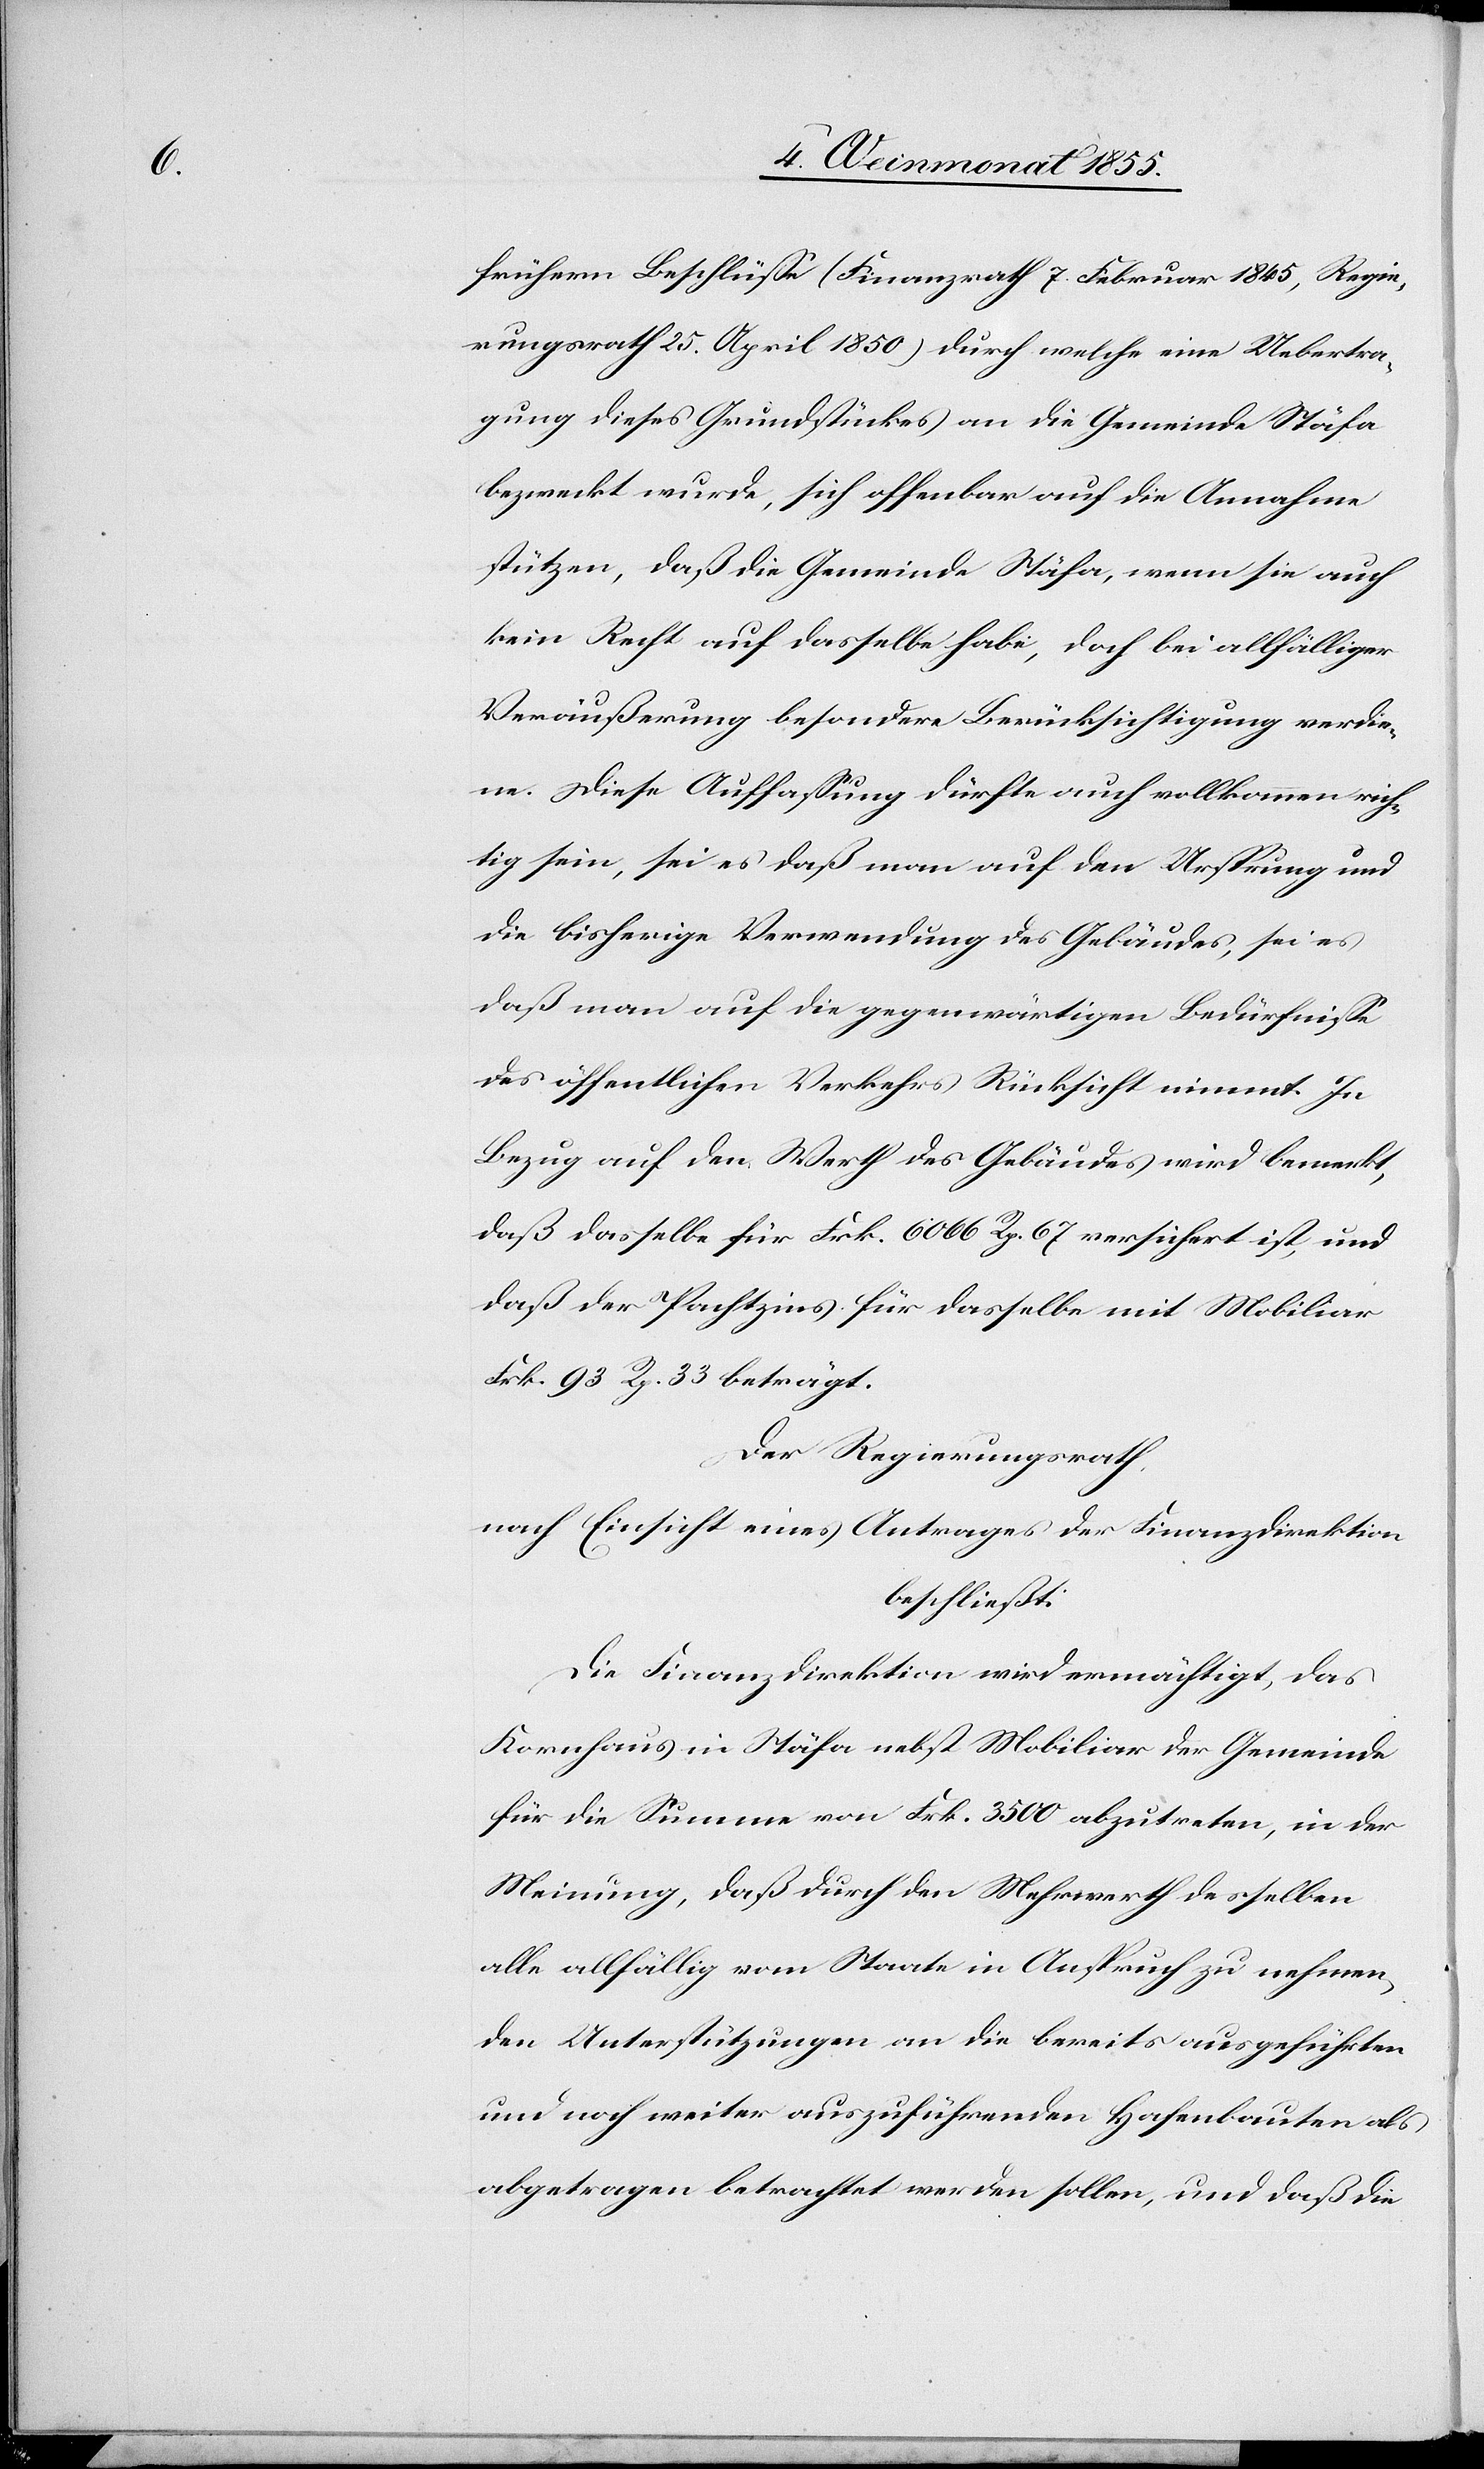
frühern Beschlüsse (Finanzrath 7. Februar 1845, Regie¬
rungsrath 25. April 1850) durch welche eine Uebertra¬
gung dieses Grundstückes an die Gemeinde Stäfa
bezweckt wurde, sich offenbar auf die Annahme
stützen, daß die Gemeinde Stäfa, wenn sie auch
kein Recht auf dasselbe habe, doch bei allfälliger
Veräußerung besondere Berücksichtigung verdie¬
ne. Diese Auffassung dürfte auch vollkommen rich¬
tig sein, sei es daß man auf den Ursprung und
die bisherige Verwendung des Gebäudes, sei es
daß man auf die gegenwärtigen Bedürfnisse
des öffentlichen Verkehrs Rücksicht nimmt. In
Bezug auf den Werth des Gebäudes wird bemerkt,
daß dasselbe für Frk. 6066 Rp. 67 versichert ist, und
daß der Pachtzins für dasselbe mit Mobiliar
Frk. 93 Rp. 33 beträgt.
Der Regierungsrath,
nach Einsicht eines Antrages der Finanzdirektion
beschließt:
Die Finanzdirektion wird ermächtigt, das
Kornhaus in Stäfa nebst Mobiliar der Gemeinde
für die Summe von Frk. 3500 abzutreten, in der
Meinung, daß durch den Mehrwerth desselben
alle allfällig vom Staate in Anspruch zu nehmen¬
den Unterstützungen an die bereits ausgeführten
und noch weiter auszuführenden Hafenbauten als
abgetragen betrachtet werden sollen, und daß die